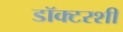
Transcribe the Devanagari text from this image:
डॉक्टरशी